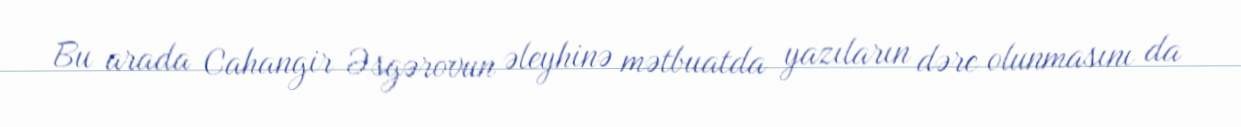
Bu arada Cahangir Əsgərovun əleyhinə mətbuatda yazıların dərc olunmasını da